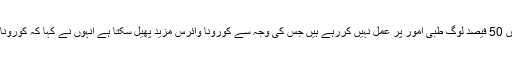
ادھراس سے قبل سعودی وزارت صحت کے ترجمان محمد العبد العالی نے بھی کہا تھا کہ سعودی عرب میں 50 فیصد لوگ طبی امور پر عمل نہیں کررہے ہیں جس کی وجہ سے کورونا وائرس مزید پھیل سکتا ہے انہوں نے کہا کہ کورونا کے مزید 43 کیسز رپورٹ ہوئے ہیں، اس طرح مجموعی طور پر مریضوں کی تعداد 2795 ہوگئی ہے۔